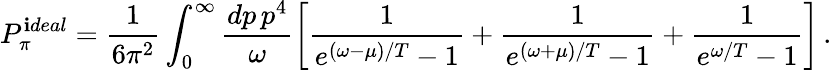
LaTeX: P_{\pi}^{\mathbf{i}deal}=\frac{{1}}{{6\pi^{2}}}\int_{0}^{\infty}{\frac{{dp\, p^{4}}}{{\omega}}}\bigg[{\frac{{1}}{{e^{(\omega-\mu)/T}-1}}}+{\frac{{1}}{{e^{(\omega+\mu)/T}-1}}}+{\frac{{1}}{{e^{\omega/T}-1}}}\bigg]\, .